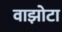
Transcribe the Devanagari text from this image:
वाझोटा